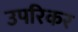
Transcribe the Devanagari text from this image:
उपरिकर